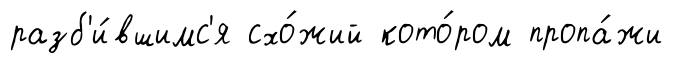
разб'и́вшимс'я схо́жий кото́ром пропа́жи